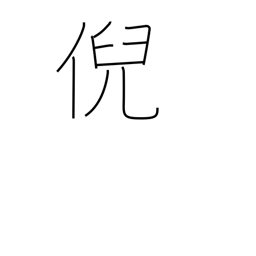
Meaning: stare